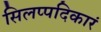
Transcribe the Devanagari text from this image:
सिलप्पदिकारं